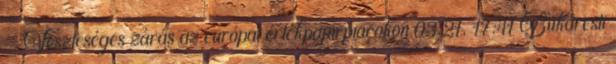
- Veszteséges zárás az európai értékpapírpiacokon 03.21. 17:41 Bukaresti